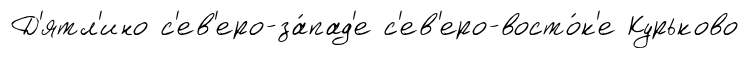
Д'ятл'ино с'ев'еро-за́пад'е с'ев'еро-восто́к'е Курьково